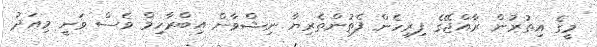
މީގެ އިތުރުން ރާއްޖޭގެ ފިރިހެން ފެތުންތެރިޔާ ނިޝްވާން އިބްރާހިމް ވެސް ވަނީ މިއަދު